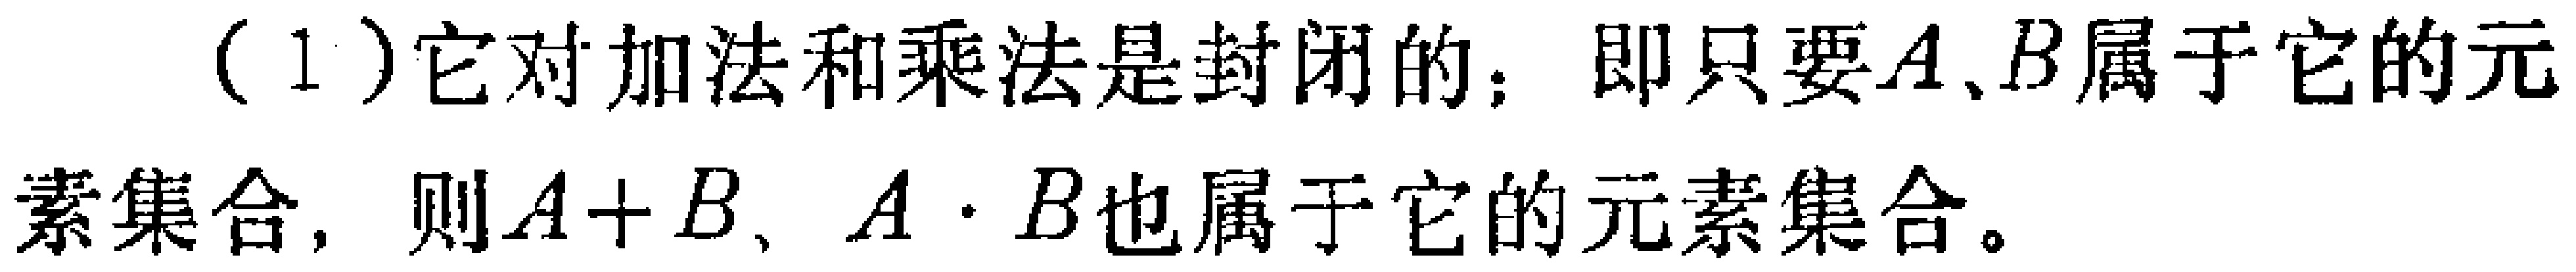
（1）它对加法和乘法是封闭的；即只要\(A、B\)属于它的元
素集合，则\(A + B、A\cdot B\)也属于它的元素集合。